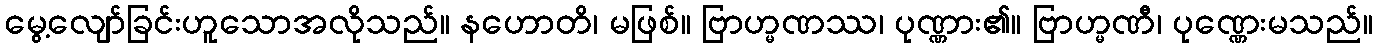
မွေ့လျော်ခြင်းဟူသောအလိုသည်။ နဟောတိ၊ မဖြစ်။ ဗြာဟ္မဏဿ၊ ပုဏ္ဏား၏။ ဗြာဟ္မဏီ၊ ပုဏ္ဏေးမသည်။